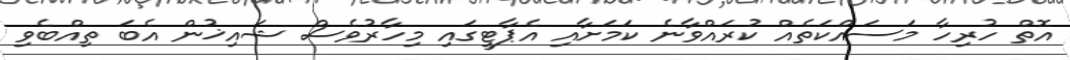
އޮތް ހުރިހާ މަސައްކަތެއް ކުރައްވާނެ ކަމަށާއި އެޕާޓީގައި މިހާރުވެސް ޝައިޚުން އެބަ ތިއްބެވި